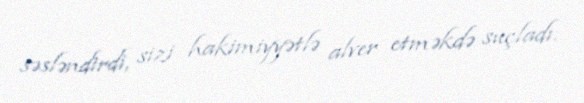
səsləndirdi, sizi hakimiyyətlə alver etməkdə suçladı.